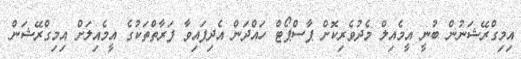
އިމިގްރޭޝަނުން ބުނީ އީމެއިލް މެދުވެރިކޮށް ޕާސްޕޯޓް ހައްދަން އެދިފައިވާ ފަރާތްތަކުގެ އީމެއިލަށް އިމިގްރޭޝަން